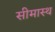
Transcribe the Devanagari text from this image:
सीमास्थ